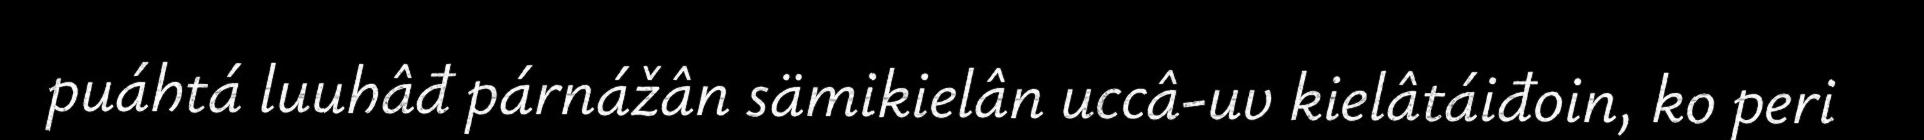
puáhtá luuhâđ párnážân sämikielân uccâ-uv kielâtáiđoin, ko peri